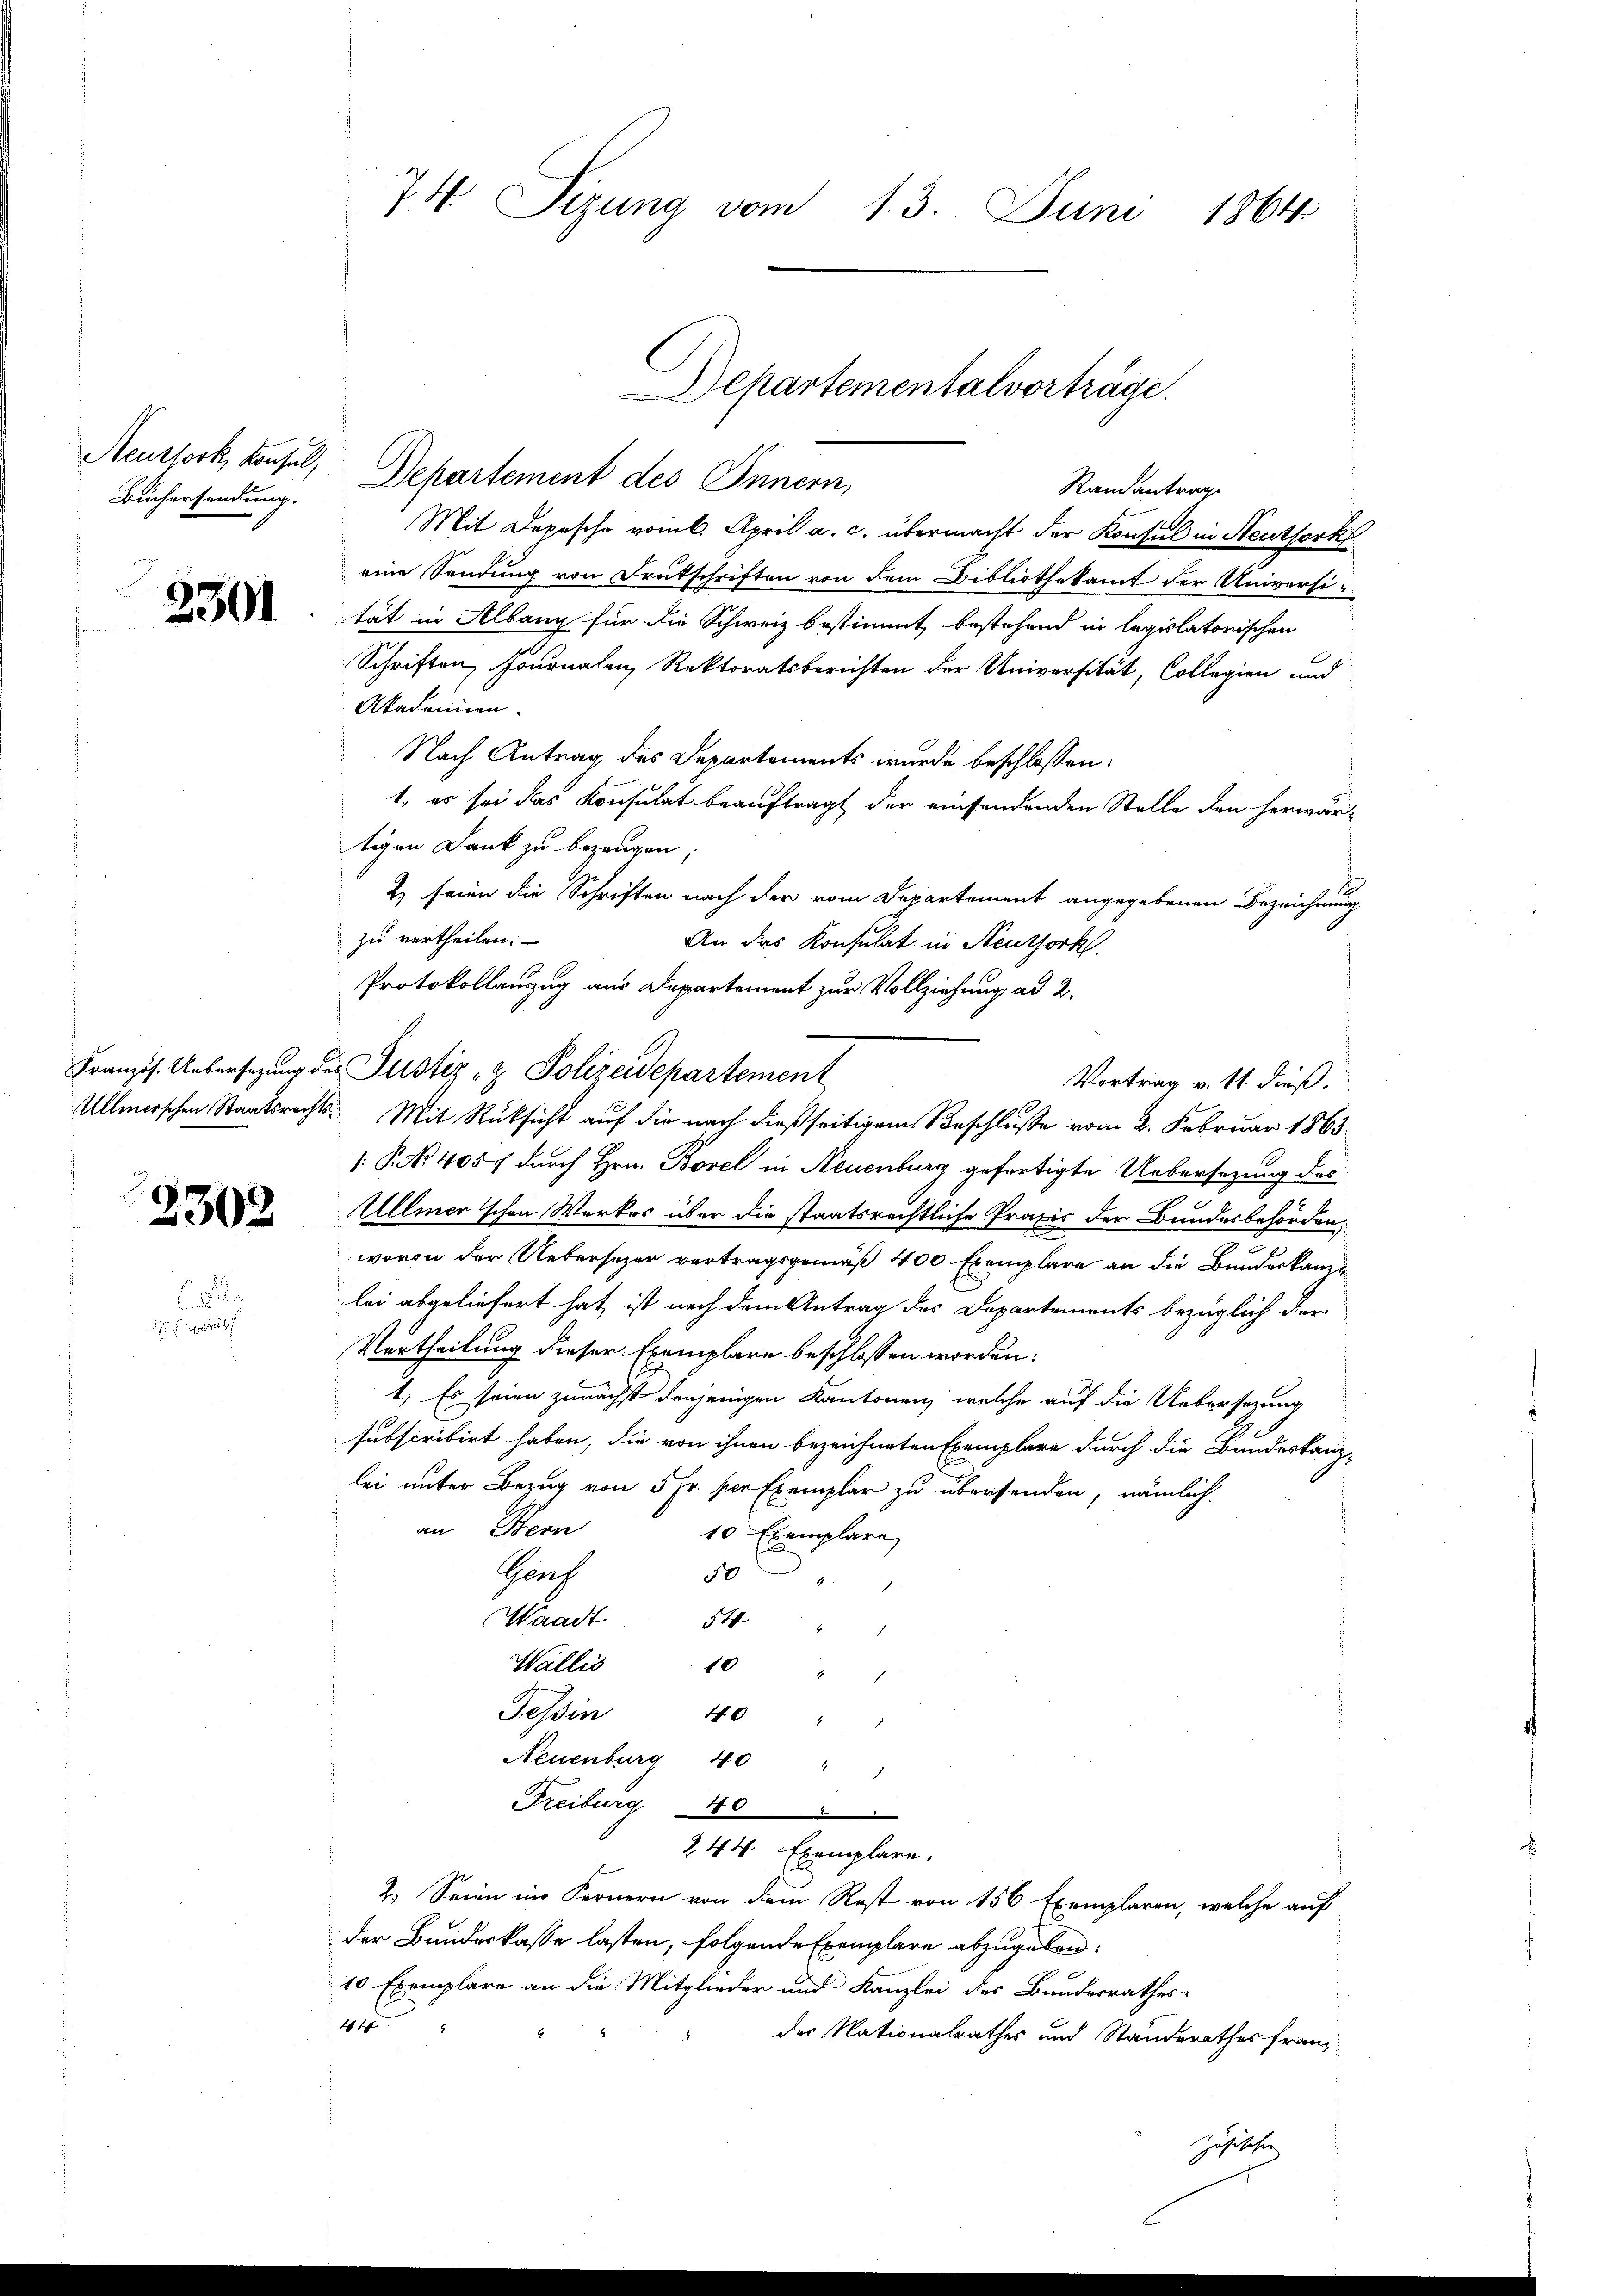
Büchersendung.

2302

74 Sizung vom 13. Juni 1864

Neursork, Konsul, Departement des Innern,
Mit Depesche vom 6. April a. c. übermacht der Konsul in Neuthork
eine Sendung von Frutschriften von dem Bibliothekamt der Universi-
 tät in Albang für die Schweiz bestimmt, bestehend in legislatorischen
Schriften, Fournalen Rektoratsberichten der Universität, Collegien und
Akademien.
Nach Antrag des Departements wurde beschlossen:
1., es sei das Konsulat beauftragt der einsendenden Stelle den herwärtigen Dank zu bezeugen;
2) seien die Schriften nach der vom Departement angegebenen Bezeichnung
zu vertheilen.
An das Konsulat in Neusserkl
Protokollauszug aus Departement zur Vollziehung ad 2.
Französ. Uebersezung des Justiz- & Polizeidepartement
Vortrag v. 11. dieß.
Ullmerschen Staatsrechts. Mit Rücksicht auf die nach dießseitigem Beschlusse vom 2. Februar 1863
1. P. No 4057 durch Hrn. Borel in Neuenburg gefertigte Uebersetzung des
Ullmer'schen Werkes über die staatsrechtliche Praxis der Bundesbehörden,
wovon der Uebersezer vertragsgemäß 400 Exemplare an die Bundeskanzlei abgeliefert hat, ist nach dem Antrag des Departements bezüglich der
Nurtheilung dieser Exemplare beschlossen worden:
1.) Es seien zunächst denjenigen Kantonen, welche auf die Uebersezung
subscribirt haben, die von ihnen bezeichneten Exemplare durch die Bundeskanz-
lei unter Bezug von 5 Fr. per Exemplar zu übersenden, nämlich.
an Stern
10 Exemplare
Prach
50
Waadt
54
.
Wallis
10 " "
Tessin 40 "
Neuenburg 40 " "
Freiburg 10 "
244 Exemplare.
2.) Seien im Fernern von dem Rest von 156 Exemplaren, welche auf
der Bundeskasse lasten, folgende Exemplare abzugeben:
10 Exemplare an die Mitglieder und Kanzlei des Bundesrathes
44
der Nationalrathes und Standerathes franz
zösischer

Departementalvorträge.
Randantrage